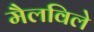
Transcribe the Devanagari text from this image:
मैलविले